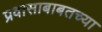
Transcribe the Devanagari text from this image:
प्रवासाबाबतच्या